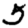
Digit: 5